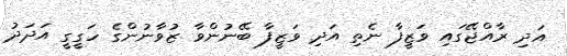
އަދި ރާއްޖޭގައި ވަޒީފާ ނެތި އަދި ވަޒީފާ ބޭނުންވާ ޒުވާނުންގެ ހަގީގީ އަދަދު